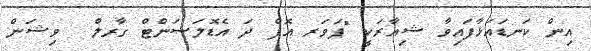
އިން ކަނޑައަޅާފައިވާ ޝިއާރަކީ "ޕަވަރ އޮފް ދަ އެޑޮލަސަންޓް ގާރލް  ވިޝަން